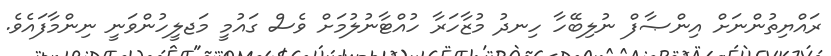
ރައްޔިތުންނަށް އިންޞާފް ނުލިބޭހާ ހިނދު މުޒާހަރާ ހުއްޓާނުލުމަށް ވެސް ގައުމީ މަޖލީހުންވަނީ ނިންމާފައެވެ.